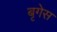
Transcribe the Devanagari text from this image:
बृगेस